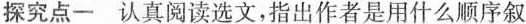
探究点一 认真阅读选文，指出作者是用什么顺序叙